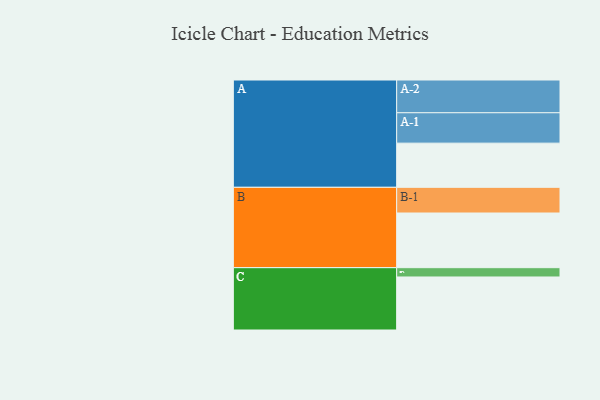
{"axis": {"x": "Segment", "y": "Value"}, "legend": ["", "A", "B", "C"], "data": [{"x": "A", "y": 375, "type": ""}, {"x": "B", "y": 464, "type": ""}, {"x": "C", "y": 450, "type": ""}, {"x": "A-1", "y": 258, "type": "A"}, {"x": "A-2", "y": 278, "type": "A"}, {"x": "B-1", "y": 218, "type": "B"}, {"x": "C-1", "y": 79, "type": "C"}]}